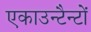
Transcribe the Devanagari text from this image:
एकाउन्टैन्टों